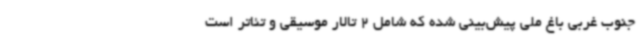
جنوب غربی باغ ملی پیش‌بینی شده که شامل 2 تالار موسیقی و تئاتر است